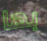
بها